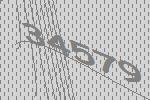
34579